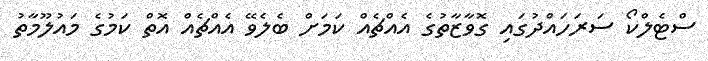
ސްޓެލްކޯ ސަރަހައްދުގައި ގޮވާޒާތުގެ އެއްޗެއް ކަމަށް ބެލެވޭ އެއްޗެއް އޮތް ކަމުގެ މައުލޫމާތު